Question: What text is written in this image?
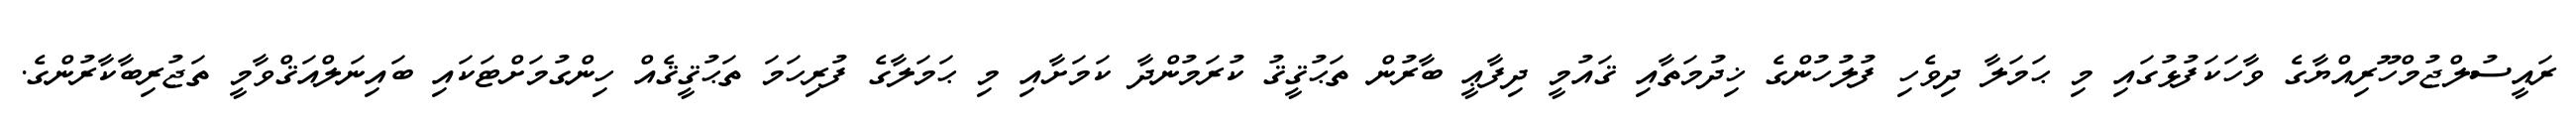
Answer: ރައީސުލްޖުމްހޫރިއްޔާގެ ވާހަކަފުޅުގައި މި ޙަމަލާ ދިވެހި ފުލުހުންގެ ޚިދުމަތާއި ޤައުމީ ދިފާޢީ ބާރުން ތަޙުޤީޤު ކުރަމުންދާ ކަމަށާއި މި ޙަމަލާގެ ފުރިހަމަ ތަޙުޤީޤެއް ހިންގުމަށްޓަކައި ބައިނަލްއަޤްވާމީ ތަޖުރިބާކާރުންގެ.